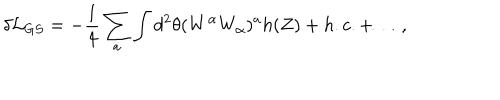
LaTeX: \delta { \cal L } _ { G S } = - \frac { 1 } { 4 } \sum _ { a } \int d ^ { 2 } \theta ( W ^ { \alpha } W _ { \alpha } ) ^ { a } h ( Z ) + h . c . + \dots ,